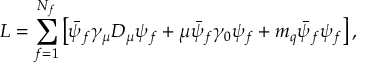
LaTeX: { \cal L } = \sum _ { f = 1 } ^ { N _ { f } } \left[ \bar { \psi } _ { f } \gamma _ { \mu } D _ { \mu } \psi _ { f } + \mu \bar { \psi } _ { f } \gamma _ { 0 } \psi _ { f } + m _ { q } \bar { \psi } _ { f } \psi _ { f } \right] ,